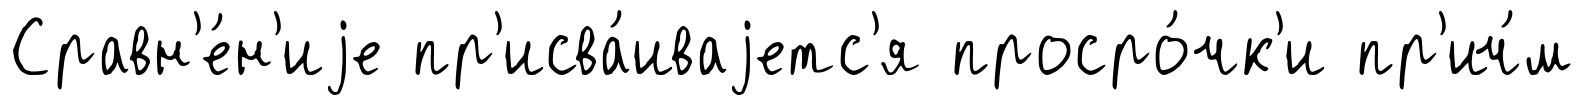
Сравн'е́н'иjе пр'исва́иваjетс'я просро́чк'и пр'ич́м